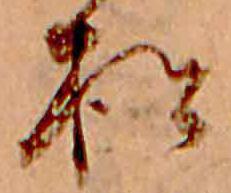
松